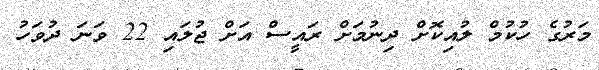
މަރުގެ ހުކުމް ލުއިކޮށް ދިނުމަށް ރައީސް އަށް ޖުލައި 22 ވަނަ ދުވަހު